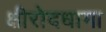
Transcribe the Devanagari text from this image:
क्षीरोदधामा